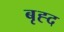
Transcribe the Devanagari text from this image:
बृह्द